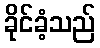
ခိုင်ခံ့သည်